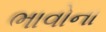
ભાવોના